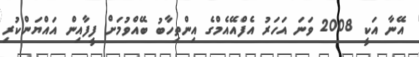
އޭނާ އަކީ 2008 ވަނަ އަހަރު އެފްއޭއެމްގެ އިންތިހާބު ބޭއްވުމަށް ފީފާއިން އައްޔަންކުރި